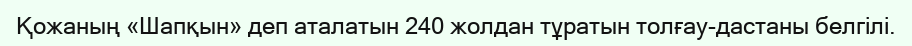
Қожаның «Шапқын» деп аталатын 240 жолдан тұратын толғау-дастаны белгілі.